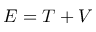
E = T + V